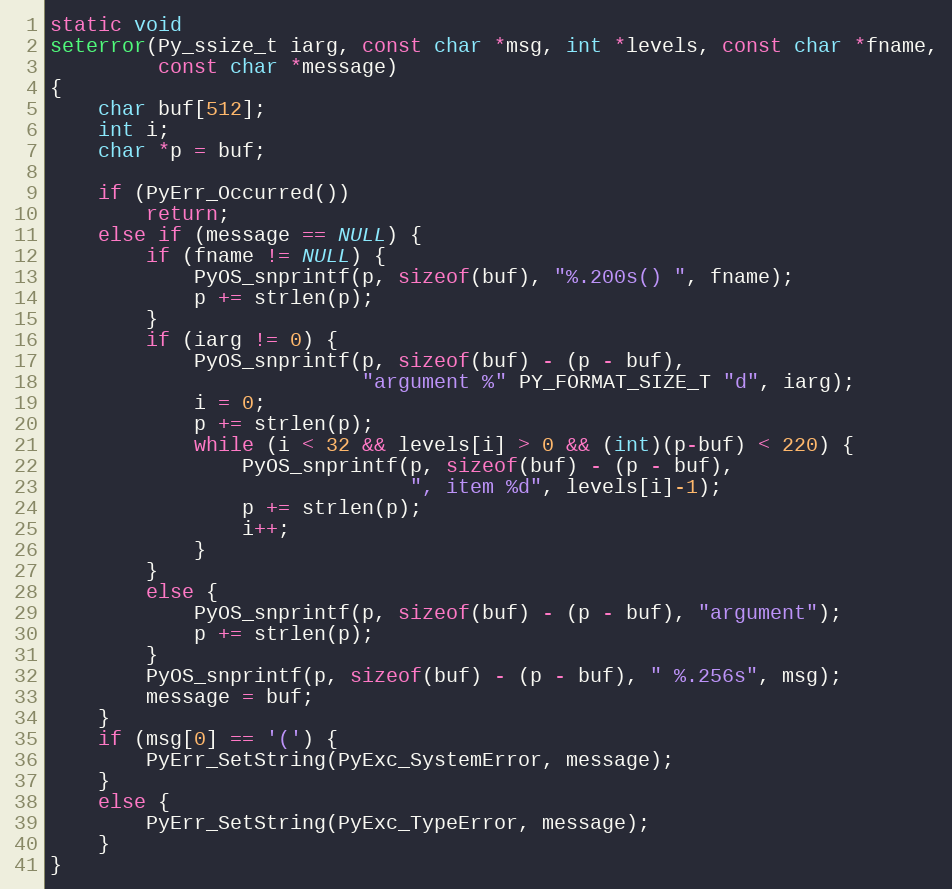
Language: C
static void
seterror(Py_ssize_t iarg, const char *msg, int *levels, const char *fname,
         const char *message)
{
    char buf[512];
    int i;
    char *p = buf;

    if (PyErr_Occurred())
        return;
    else if (message == NULL) {
        if (fname != NULL) {
            PyOS_snprintf(p, sizeof(buf), "%.200s() ", fname);
            p += strlen(p);
        }
        if (iarg != 0) {
            PyOS_snprintf(p, sizeof(buf) - (p - buf),
                          "argument %" PY_FORMAT_SIZE_T "d", iarg);
            i = 0;
            p += strlen(p);
            while (i < 32 && levels[i] > 0 && (int)(p-buf) < 220) {
                PyOS_snprintf(p, sizeof(buf) - (p - buf),
                              ", item %d", levels[i]-1);
                p += strlen(p);
                i++;
            }
        }
        else {
            PyOS_snprintf(p, sizeof(buf) - (p - buf), "argument");
            p += strlen(p);
        }
        PyOS_snprintf(p, sizeof(buf) - (p - buf), " %.256s", msg);
        message = buf;
    }
    if (msg[0] == '(') {
        PyErr_SetString(PyExc_SystemError, message);
    }
    else {
        PyErr_SetString(PyExc_TypeError, message);
    }
}